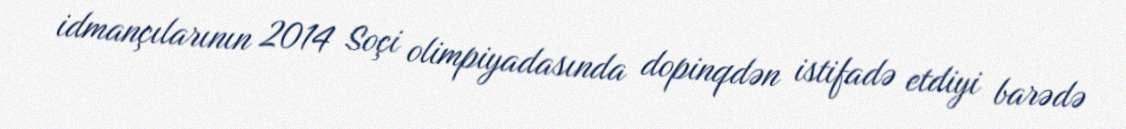
idmançılarının 2014 Soçi olimpiyadasında dopinqdən istifadə etdiyi barədə